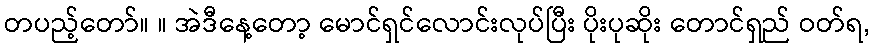
တပည့်တော်။ ။ အဲဒီနေ့တော့ မောင်ရှင်လောင်းလုပ်ပြီး ပိုးပုဆိုး တောင်ရှည် ဝတ်ရ,